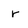
Character: r